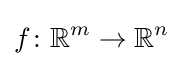
f\colon \mathbb {R} ^{m}\to \mathbb {R} ^{n}